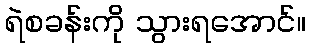
ရဲစခန်းကို သွားရအောင်။